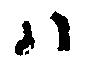
ハ